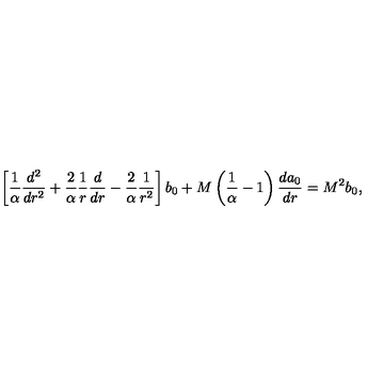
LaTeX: \left[ { \frac { 1 } { \alpha } } { \frac { d ^ { 2 } } { d r ^ { 2 } } } + { \frac { 2 } { \alpha } } { \frac { 1 } { r } } { \frac { d } { d r } } - { \frac { 2 } { \alpha } } { \frac { 1 } { r ^ { 2 } } } \right] b _ { 0 } + M \left( { \frac { 1 } { \alpha } } - 1 \right) { \frac { d a _ { 0 } } { d r } } = M ^ { 2 } b _ { 0 } ,